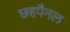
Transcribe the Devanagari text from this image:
छहपैनल